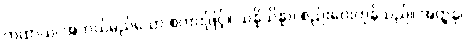
ကထာယ၊ အဘယ်မည်သော စကားဖြင့်။ သန္နိသိန္နာ၊ စည်းဝေးကုန်သည်။ အတ္ထနု၊